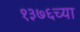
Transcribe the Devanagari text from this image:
१३७६च्या